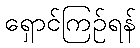
ရှောင်ကြဉ်ရန်